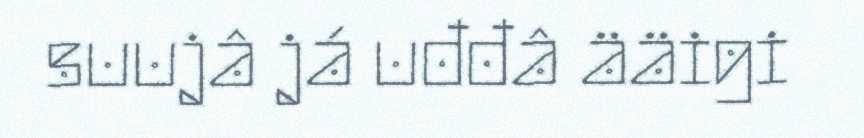
suujâ já uđđâ ääigi